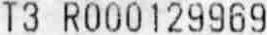
T3 R000129969